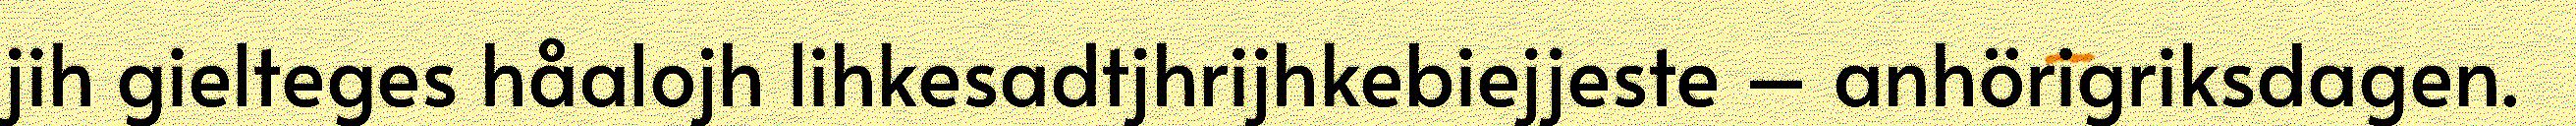
jih gielteges håalojh lihkesadtjhrijhkebiejjeste – anhörigriksdagen.